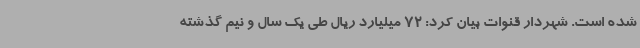
شده است. شهردار قنوات بیان کرد: 72 میلیارد ریال طی یک سال و نیم گذشته